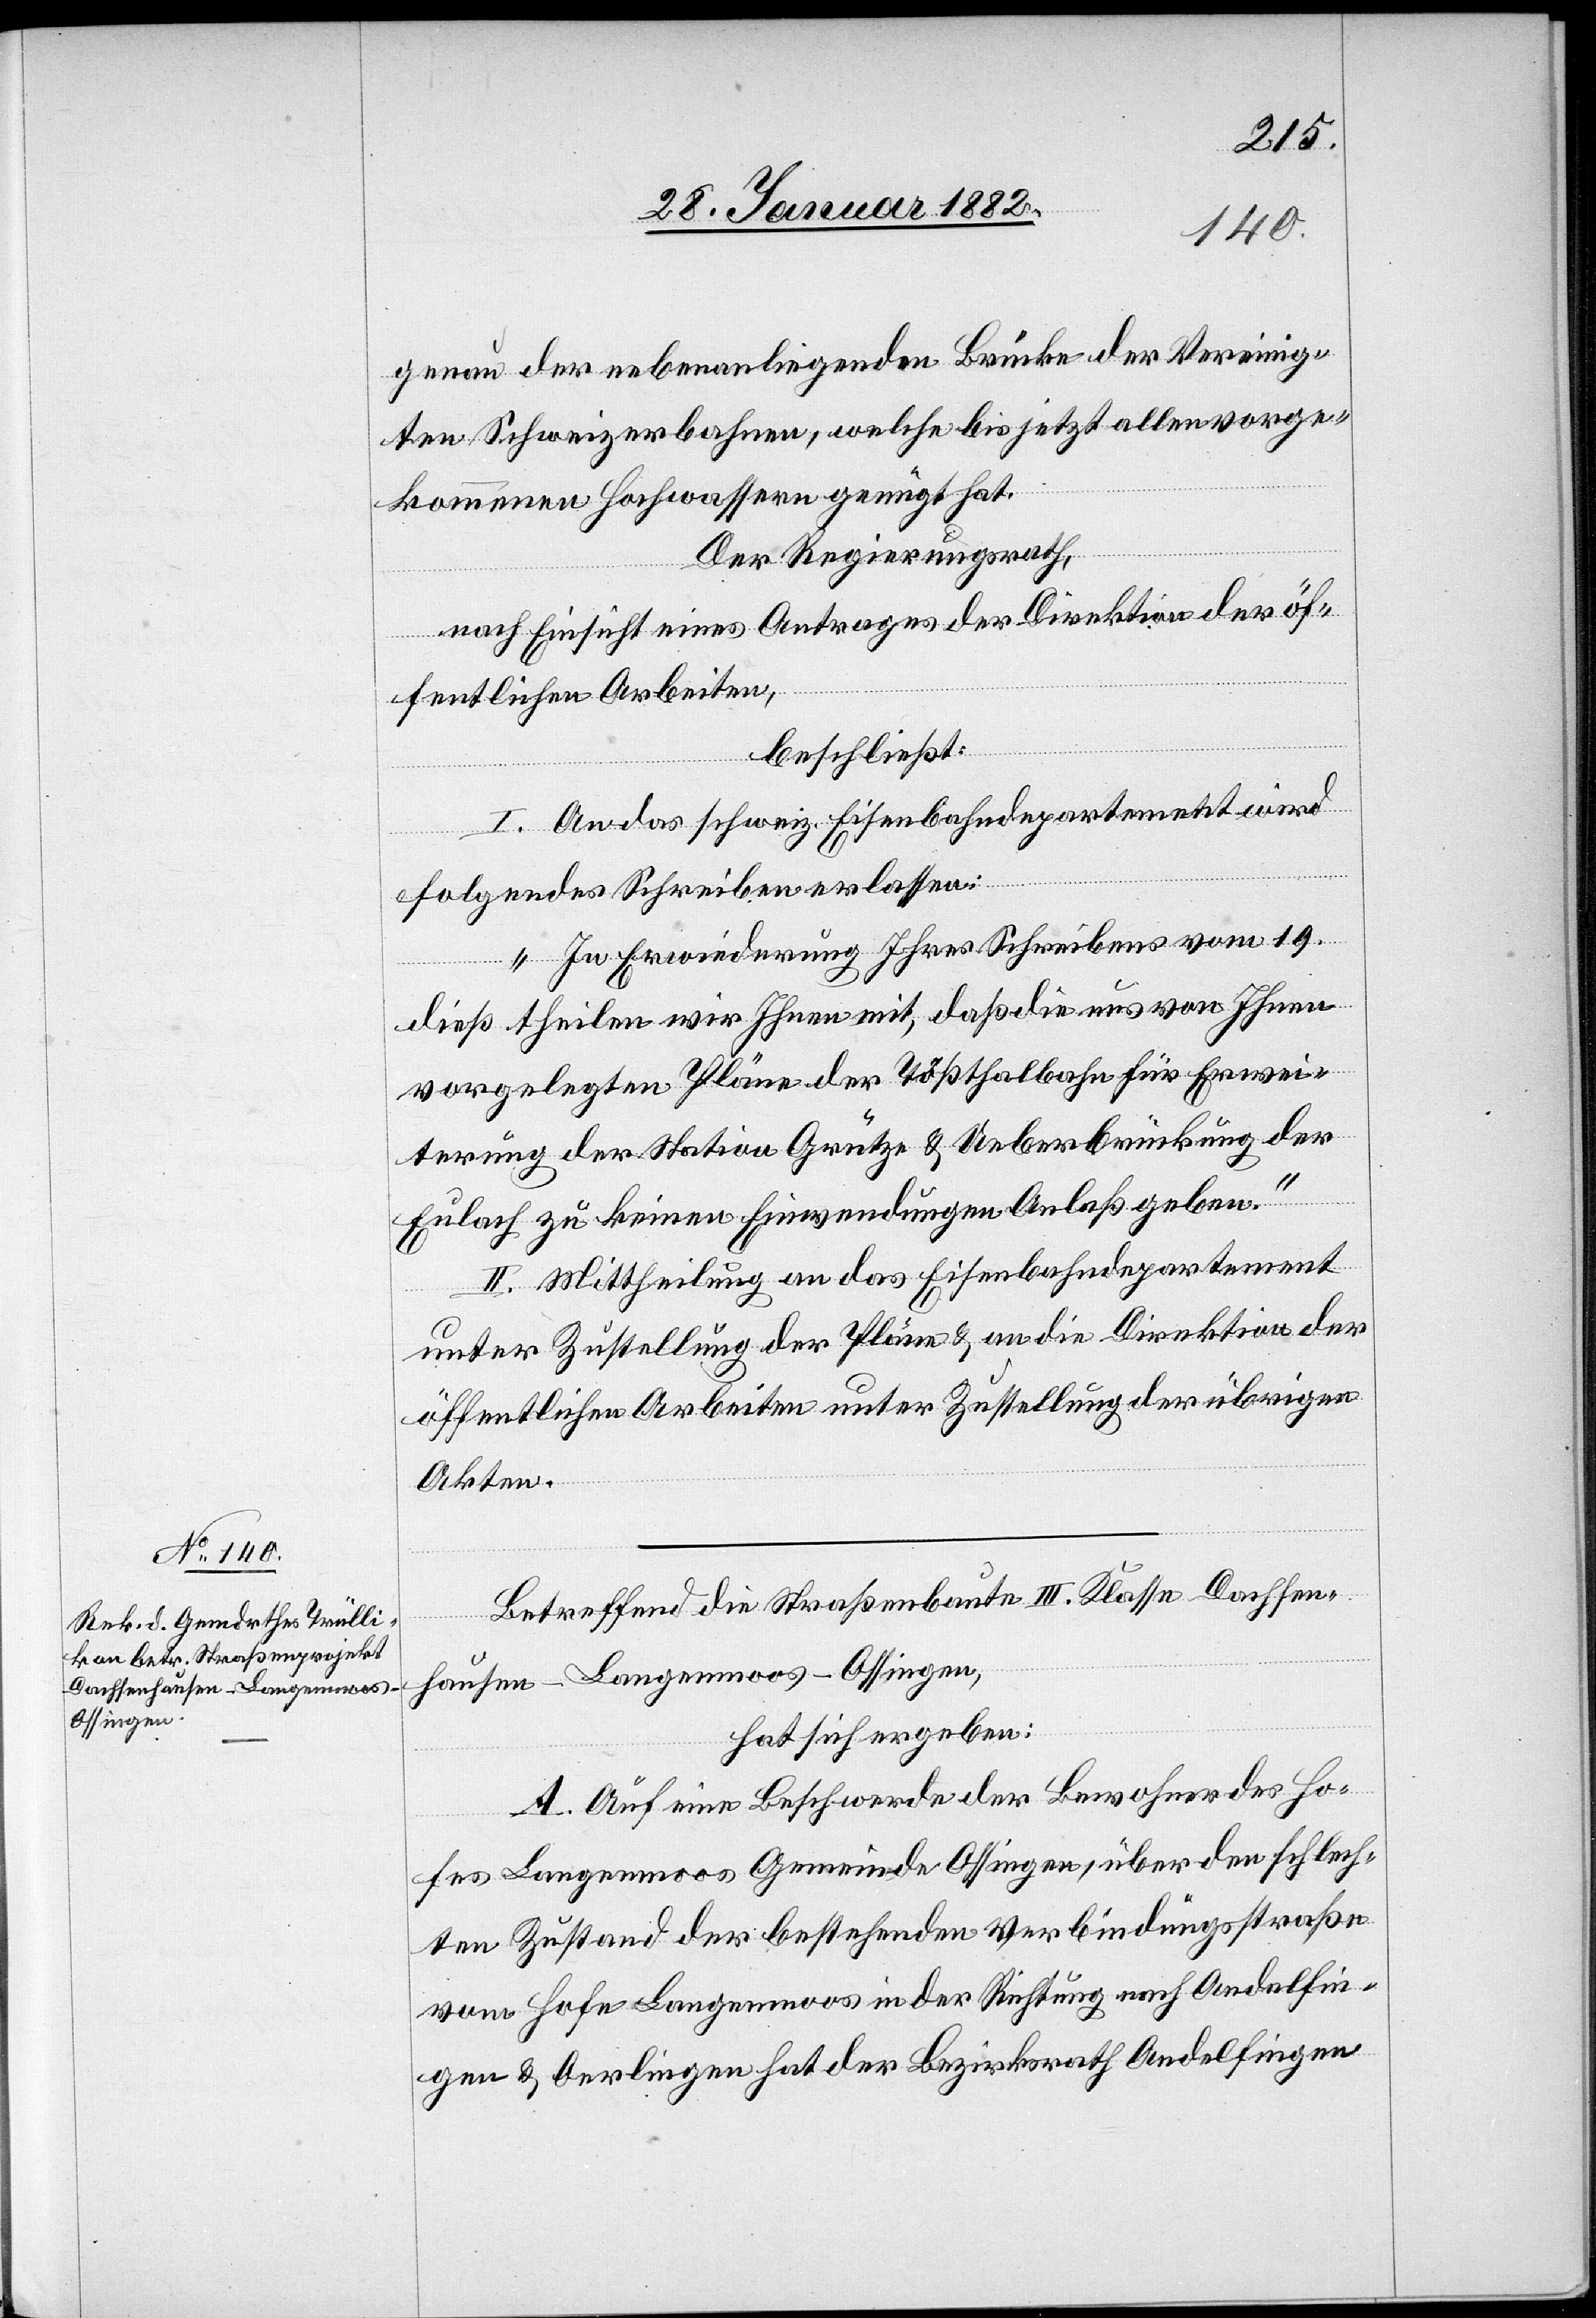
genau der nebenanliegenden Brücke der Vereinig¬
ten Schweizerbahnen, welche bis jetzt allen vorge¬
kommenen Hochwassern genügt hat.
Der Regierungsrath,
nach Einsicht eines Antrages der Direktion der öf¬
fentliche Abrieten,
beschließt:
I. An das schweiz. Eisenbahndepartement wird
folgendes Schreiben erlassen:
„In Erwiederung Ihres Schreibens vom 19.
dieß theilen wir Ihnen mit, daß die uns von Ihnen
vorgelegten Pläne der Tößthalbahn für Erwei¬
terung der Station Grütze & Ueberbrückung der
Eulach zu keinen Einwendungen Anlaß geben.“
II. Mittheilung an das Eisenbahndepartement
unter Zustellung der Pläne & an die Direktion der
öffentlichen Arbeiten unter Zustellung der übrigen
Akten.
Betreffend die Straßenbaute III. Klasse Dachsen¬
hausen–Langenmoos–Ossingen,
hat sich ergeben:
A. Auf eine Beschwerde der Bewohner des Ho¬
fes Langenmoos Gemeinde Ossingen, über den schlech¬
ten Zustand der bestehenden Verbindungsstraße
vom Hofe Langenmoos in der Richtung nach Andelfin¬
gen & Oerlingen hat der Bezirksrath Andelfingen